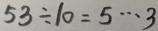
5 3 \div 1 0 = 5 \cdots 3